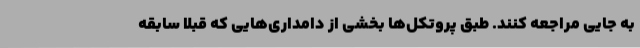
به جایی مراجعه کنند. طبق پروتکل‌ها بخشی از دامداری‌هایی که قبلا سابقه